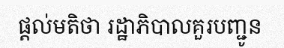
ផ្តល់មតិថា រដ្ឋាភិបាលគួរបញ្ជូន